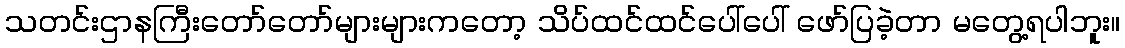
သတင်းဌာနကြီးတော်တော်များများကတော့ သိပ်ထင်ထင်ပေါ်ပေါ် ဖော်ပြခဲ့တာ မတွေ့ရပါဘူး။